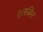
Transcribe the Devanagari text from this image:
एलविन